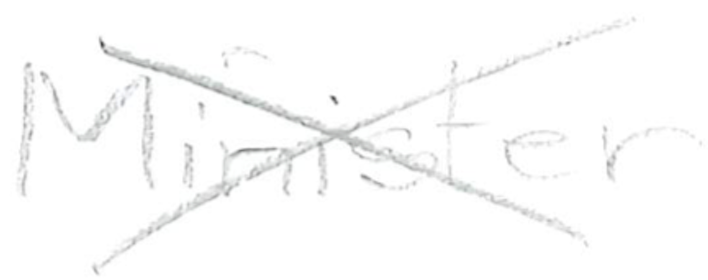
Text: Minister
Cross-out: mix
Writing tool: pencil